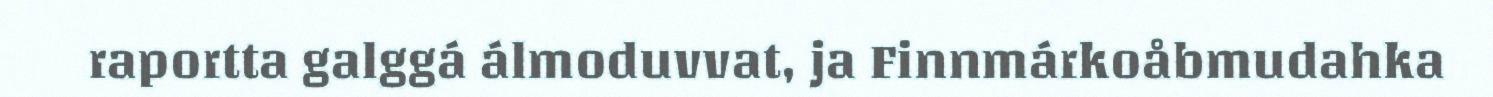
raportta galggá álmoduvvat, ja Finnmárkoåbmudahka